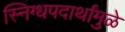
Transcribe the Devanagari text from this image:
स्निग्धपदार्थांमुळे